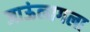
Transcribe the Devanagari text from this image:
जाऊंलागला